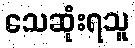
သေဆုံးရသူ